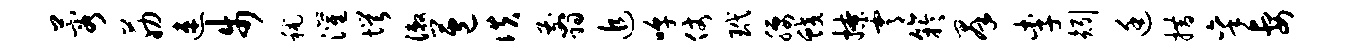
蓉筋速步秫灌愕漱苞佚翦追嗥仗玳腰蛟撩霄竽群李矧廷措秉妻